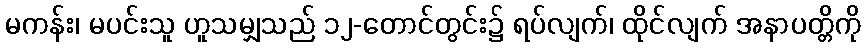
မကန်း၊ မပင်းသူ ဟူသမျှသည် ၁၂-တောင်တွင်း၌ ရပ်လျက်၊ ထိုင်လျက် အနာပတ္တိကို